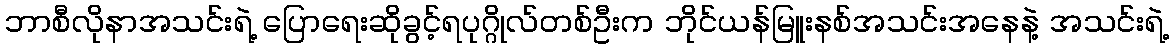
ဘာစီလိုနာအသင်းရဲ့ ပြောရေးဆိုခွင့်ရပုဂ္ဂိုလ်တစ်ဦးက ဘိုင်ယန်မြူးနစ်အသင်းအနေနဲ့ အသင်းရဲ့